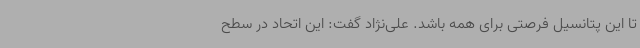
تا این پتانسیل فرصتی برای همه باشد. علی‌نژاد گفت: این اتحاد در سطح